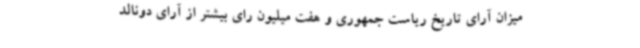
میزان آرای تاریخ ریاست جمهوری و هفت میلیون رای بیشتر از آرای دونالد